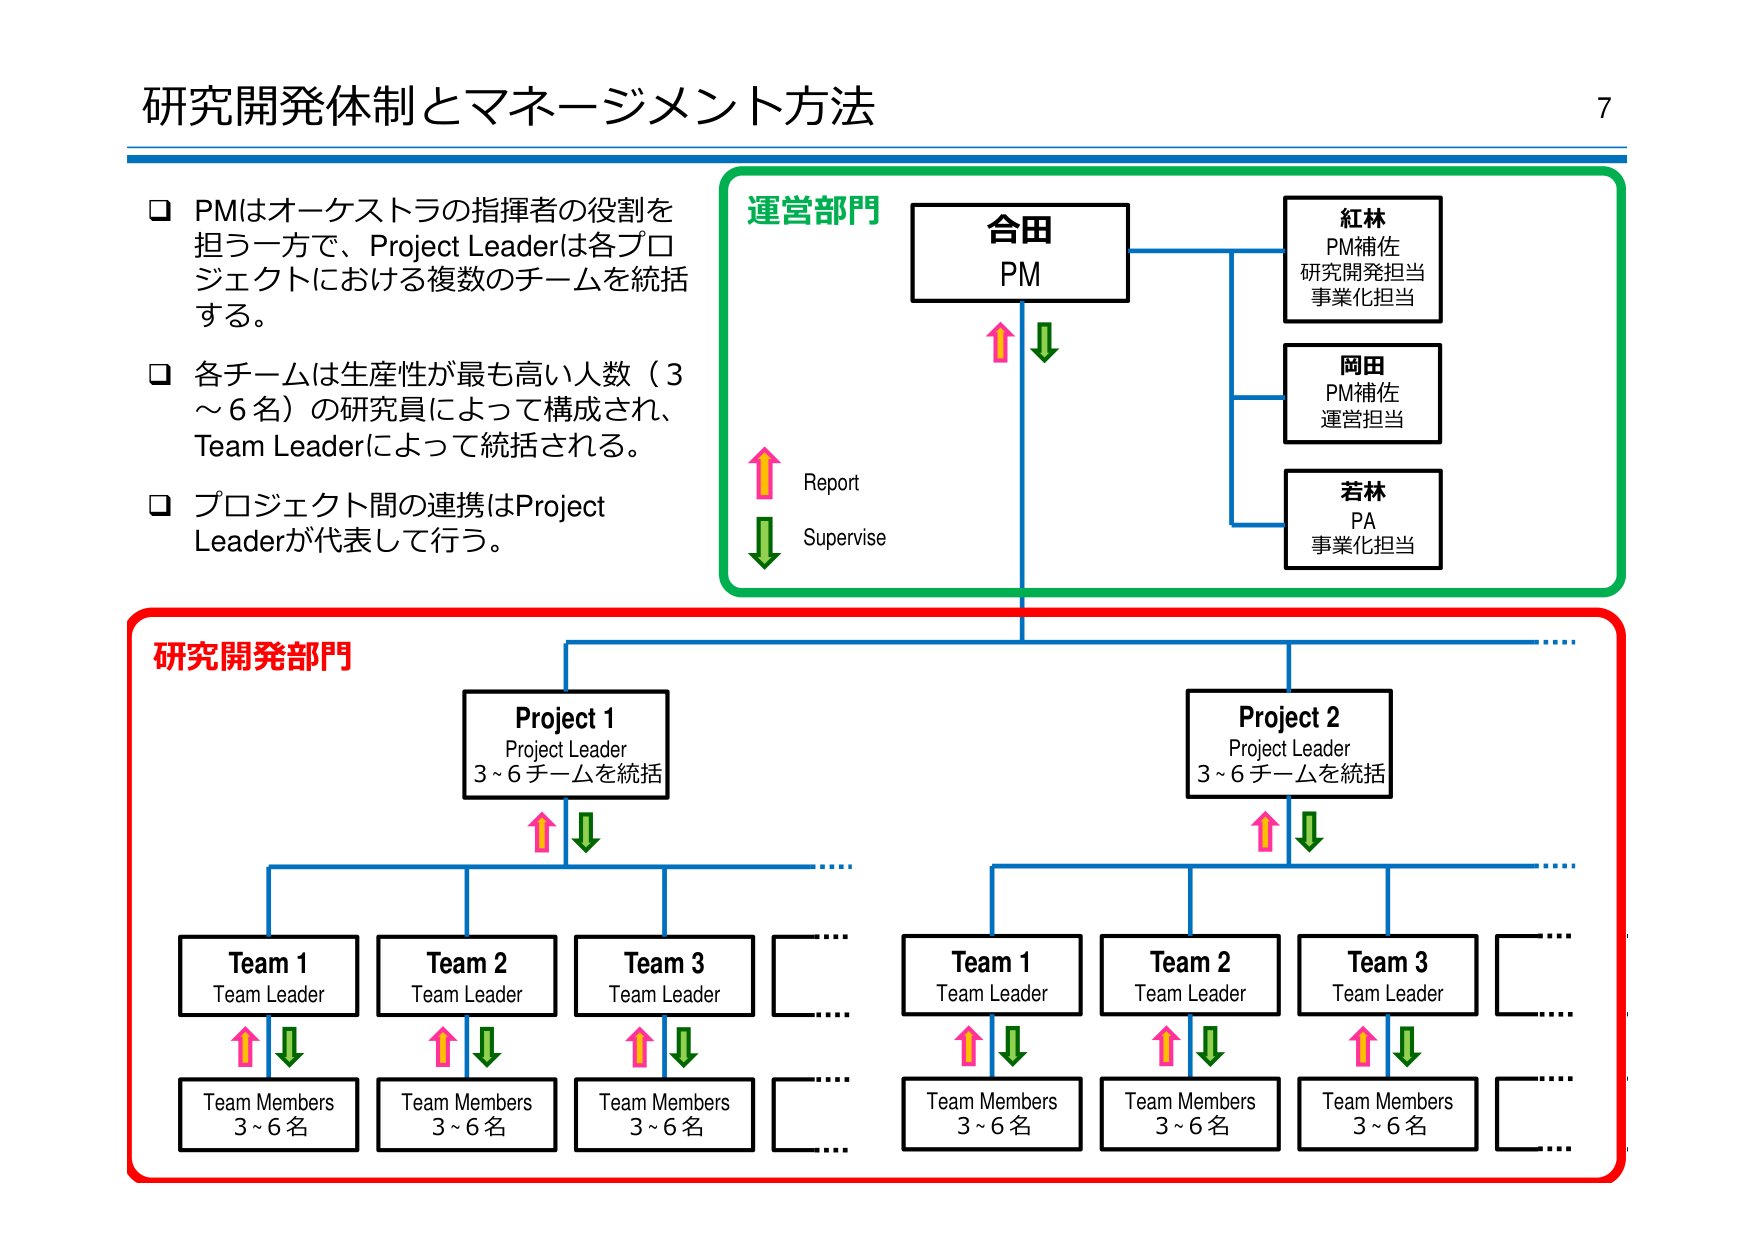
研究開発体制とマネージメント方法

□ PMはオーケストラの指揮者の役割を
担う一方で、Project Leaderは各プロ
ジェクトにおける複数のチームを統括
する。

□ 各チームは生産性が最も高い人数（3
～6名）の研究員によって構成され、
Team Leaderによって統括される。

□ プロジェクト間の連携はProject
Leaderが代表して行う。

運営部門
合田
PM
紅林
PM補佐
研究開発担当
事業化担当
岡田
PM補佐
運営担当
若林
PA
事業化担当
Report
Supervise

研究開発部門
Project 1
Project Leader
3～6チームを統括
Project 2
Project Leader
3～6チームを統括
Team 1
Team Leader
Team 2
Team Leader
Team 3
Team Leader
Team 1
Team Leader
Team 2
Team Leader
Team 3
Team Leader
Team Members
3～6名
Team Members
3～6名
Team Members
3～6名
Team Members
3～6名
Team Members
3～6名
Team Members
3～6名

7